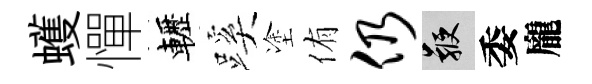
蠖憚轣蹊塗侑仍鞭委龐